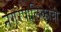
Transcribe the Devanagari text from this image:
नगरपालिकांची